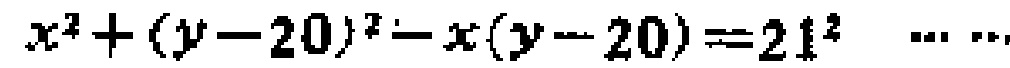
\(x^{2}+(y - 20)^{2}-x(y - 20)=21^{2}\ \cdots\ \cdots\)